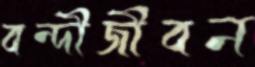
বন্দীজীবন